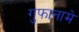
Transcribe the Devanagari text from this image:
गुफानामे